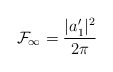
\begin{align*}{\cal {F}}_\infty = \frac{|a'_1|^2}{2\pi}\end{align*}